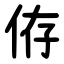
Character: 侟